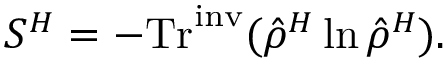
S ^ { H } = - \mathrm { T r } ^ { \mathrm { \scriptsize { i n v } } } ( \hat { \rho } ^ { H } \ln \hat { \rho } ^ { H } ) .